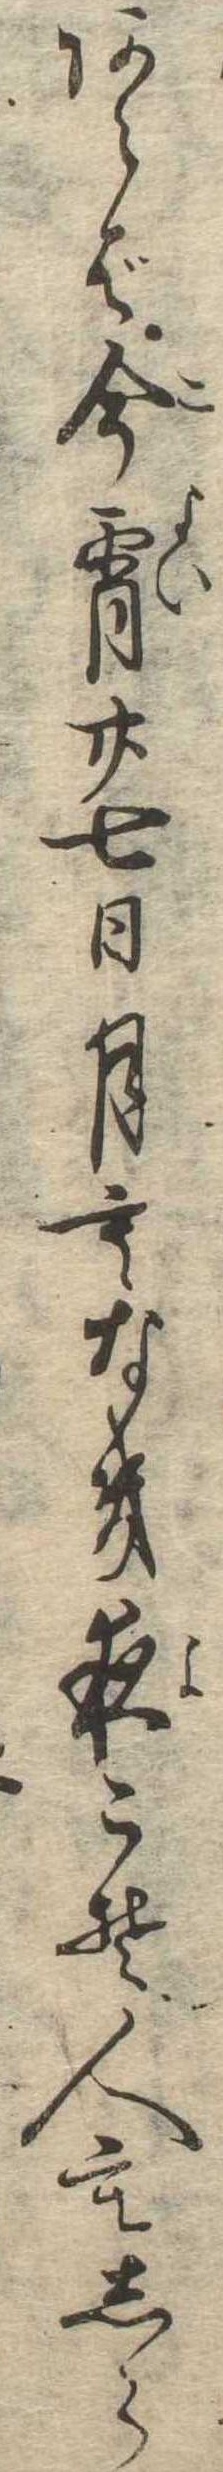
あらば今宵廿七日月もなき夜こそ人もしら